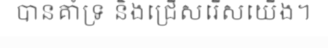
បានគាំទ្រ និងជ្រើសរើសយើង។